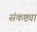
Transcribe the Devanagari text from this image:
संकष्ट्या